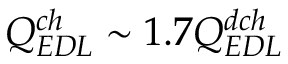
Q _ { E D L } ^ { c h } \sim 1 . 7 Q _ { E D L } ^ { d c h }